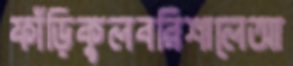
ফাঁড়িকুলবরিশালেআ